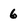
Character: 6